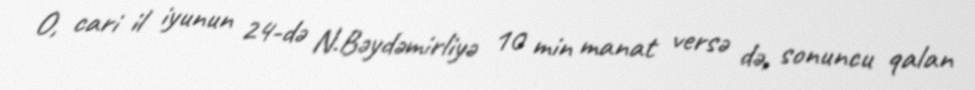
O, cari il iyunun 24-də N.Bəydəmirliyə 10 min manat versə də, sonuncu qalan